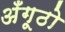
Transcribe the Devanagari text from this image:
अँगूठो